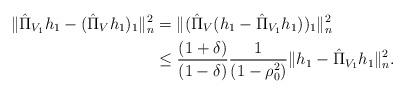
LaTeX: \begin{align*}\|\hat{\Pi}_{V_1}h_1-(\hat{\Pi}_V h_1)_1\|_n^2&=\|(\hat{\Pi}_V (h_1-\hat{\Pi}_{V_1}h_1))_1\|_n^2\\&\leq \frac{(1+\delta)}{(1-\delta)}\frac{1}{(1-\rho_{0}^2)}\|h_1-\hat{\Pi}_{V_1}h_1\|_n^2.\end{align*}